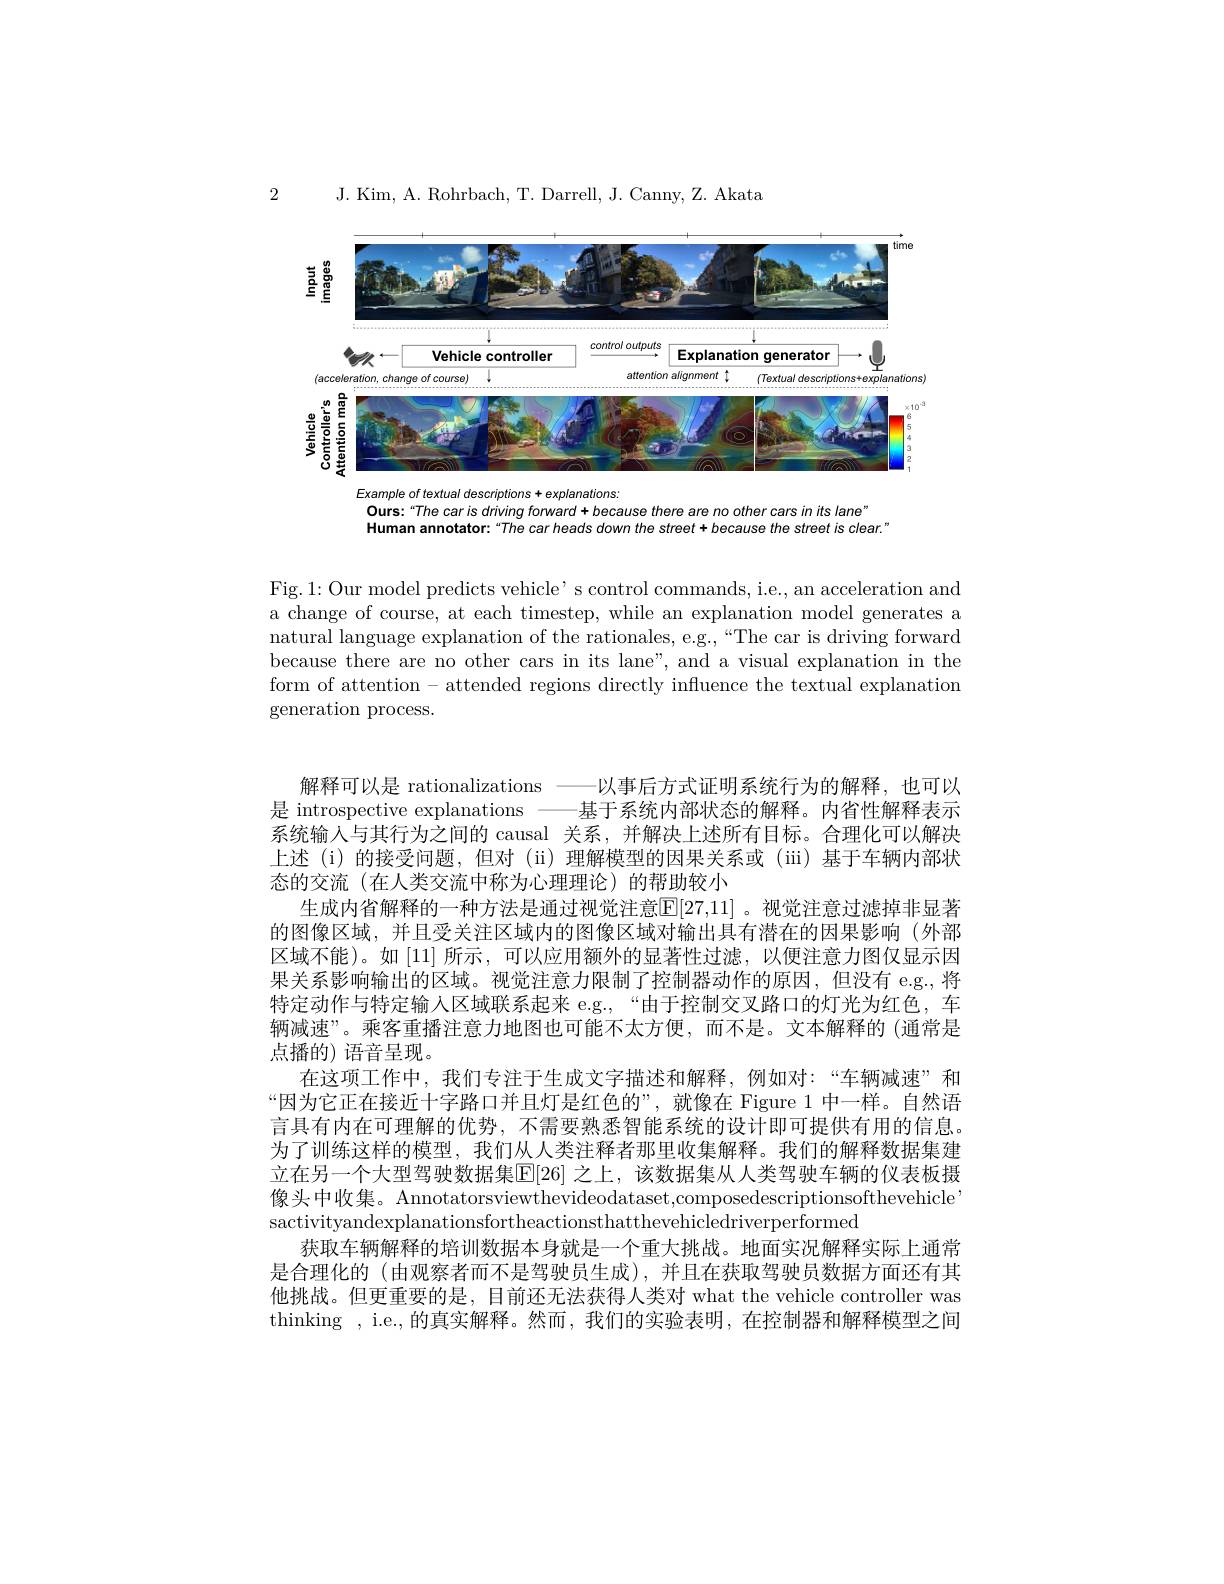
2

J. Kim, A. Rohrbach, T. Darrell, J. Canny, Z. Akata

<FigureHere>

Example of textual descriptions + explanations:
Ours:“The car is driving fonward + because there are no other cars in its lane"
Human annotator:“The car heads down the street+ because the street is clear."

Fig.1: Our model predicts vehicle' s control commands, i.e., an acceleration and a change of course, at each timestep, while an explanation model generates a natural language explanation of the rationales, e.g.,“The car is driving forward because there are no other cars in its lane", and a visual explanation in the form of attention - attended regions directly influence the textual explanation generation process.

解释可以是 rationalizations——以事后方式证明系统行为的解释，也可以是 introspective explanations ——基于系统内部状态的解释。内省性解释表示系统输入与其行为之间的 causal 关系，并解决上述所有目标。合理化可以解决上述 (i)的接受问题，但对 (ii)理解模型的因果关系或 (ii)基于车辆内部状态的交流(在人类交流中称为心理理论)的帮助较小
生成内省解释的一种方法是通过视觉注意[E[27,11] 。视觉注意过滤掉非显著的图像区域，并且受关注区域内的图像区域对输出具有潜在的因果影响(外部区域不能)。如[11] 所示，可以应用额外的显著性过滤，以便注意力图仅显示因果关系影响输出的区域。视觉注意力限制了控制器动作的原因，但没有 e.g.,将特定动作与特定输人区域联系起来 e.g.,“由于控制交叉路口的灯光为红色，车辆减速”。乘客重播注意力地图也可能不太方便，而不是。文本解释的(通常是点播的) 语音呈现。
在这项工作中，我们专注于生成文字描述和解释，例如对：“车辆减速”和“因为它正在接近十字路口并且灯是红色的”,就像在 Figure 1 中一样。自然语言具有内在可理解的优势，不需要熟悉智能系统的设计即可提供有用的信息。为了训练这样的模型，我们从人类注释者那里收集解释。我们的解释数据集建立在另一个大型驾驶数据集$\mathbb{E}[26]$ 之上，该数据集从人类驾驶车辆的仪表板摄像头中收集。Annotatorsviewthevideodataset,composedescriptionsofthevehicle sactivityandexplanationsfortheactionsthatthevehicledriverperformed
获取车辆解释的培训数据本身就是一个重大挑战。地面实况解释实际上通常是合理化的(由观察者而不是驾驶员生成),并且在获取驾驶员数据方面还有其他挑战。但更重要的是，目前还无法获得人类对 what the vehicle controller was thinking , i.e., 的真实解释。然而，我们的实验表明，在控制器和解释模型之间